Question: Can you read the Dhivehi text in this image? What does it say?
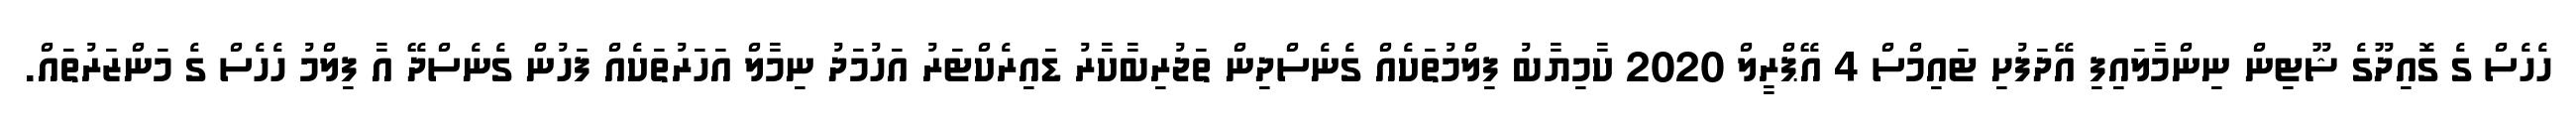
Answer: ހެހެސް ގެ ގޮއިދޫގެ ޝޫޓިން ނިންމާލައިފި އޭދަފުށި ޓައިމްސް 4 އޭޕްރީލް 2020 ކާމިޔާބު ފިލްމުތަކެއް ގެނެސްދިން ތަޖުރިބާކާރު ޑައިރެކްޓަރު އަހުމަދު ނިމާލް އަހަރުތަކެއް ފަހުން ގެނެސްދޭ އާ ފިލްމު ހެހެސް ގެ މަންޒަރުތައް.